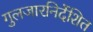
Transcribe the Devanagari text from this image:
गुलजारनिर्देशित